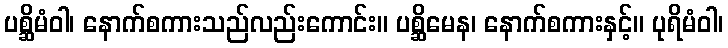
ပစ္ဆိမံဝါ၊ နောက်စကားသည်လည်းကောင်း။ ပစ္ဆိမေန၊ နောက်စကားနှင့်။ ပုရိမံဝါ၊